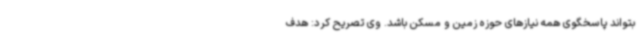
بتواند پاسخگوی همه نیازهای حوزه زمین و مسکن باشد. وی تصریح کرد: هدف